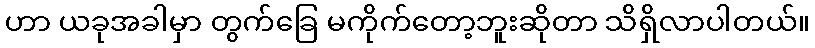
ဟာ ယခုအခါမှာ တွက်ခြေ မကိုက်တော့ဘူးဆိုတာ သိရှိလာပါတယ်။